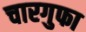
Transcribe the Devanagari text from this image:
चारगुफा